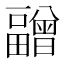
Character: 𰣝